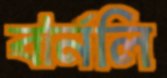
বার্নলি